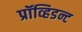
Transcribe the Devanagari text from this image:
प्रॉव्हिडन्ट